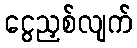
ငွေညှစ်လျက်